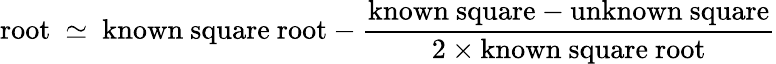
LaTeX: {\mathrm{root~}}\simeq{\mathrm{~known~square~root}}-{\frac{{\mathrm{known~square}}-{\mathrm{unknown~square}}}{2\times{\mathrm{known~square~root}}}}